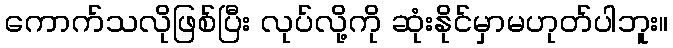
ကောက်သလိုဖြစ်ပြီး လုပ်လို့ကို ဆုံးနိုင်မှာမဟုတ်ပါဘူး။